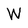
Character: W